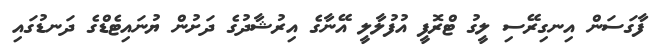
ފާގަސަން އިނގިރޭސި ލީގު ޓްރޮފީ އުފުލާލީ އޭނާގެ އިރުޝާދުގެ ދަށުން ޔުނައިޓެޑްގެ ދަނޑުގައި